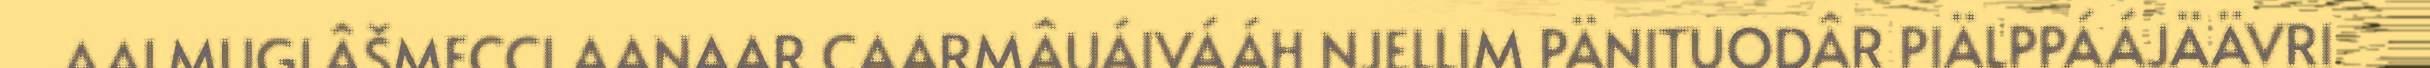
AALMUGLÂŠMECCI AANAAR CAARMÂUÁIVÁÁH NJELLIM PÄNITUODÂR PIÄLPPÁÁJÄÄVRI